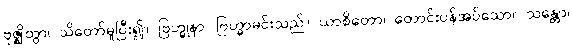
ဗုဇ္ဈိတွာ၊ သိတော်မူပြီး၍။ ဗြဟ္မုနာ၊ ဗြဟ္မာမင်းသည်။ ယာစိတော၊ တောင်းပန်အပ်သော။ သန္တော၊